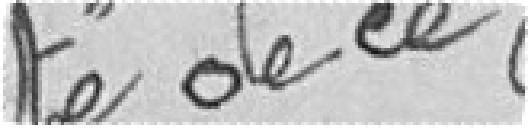
Vu pour être annexé à l'arrêté de ce jour